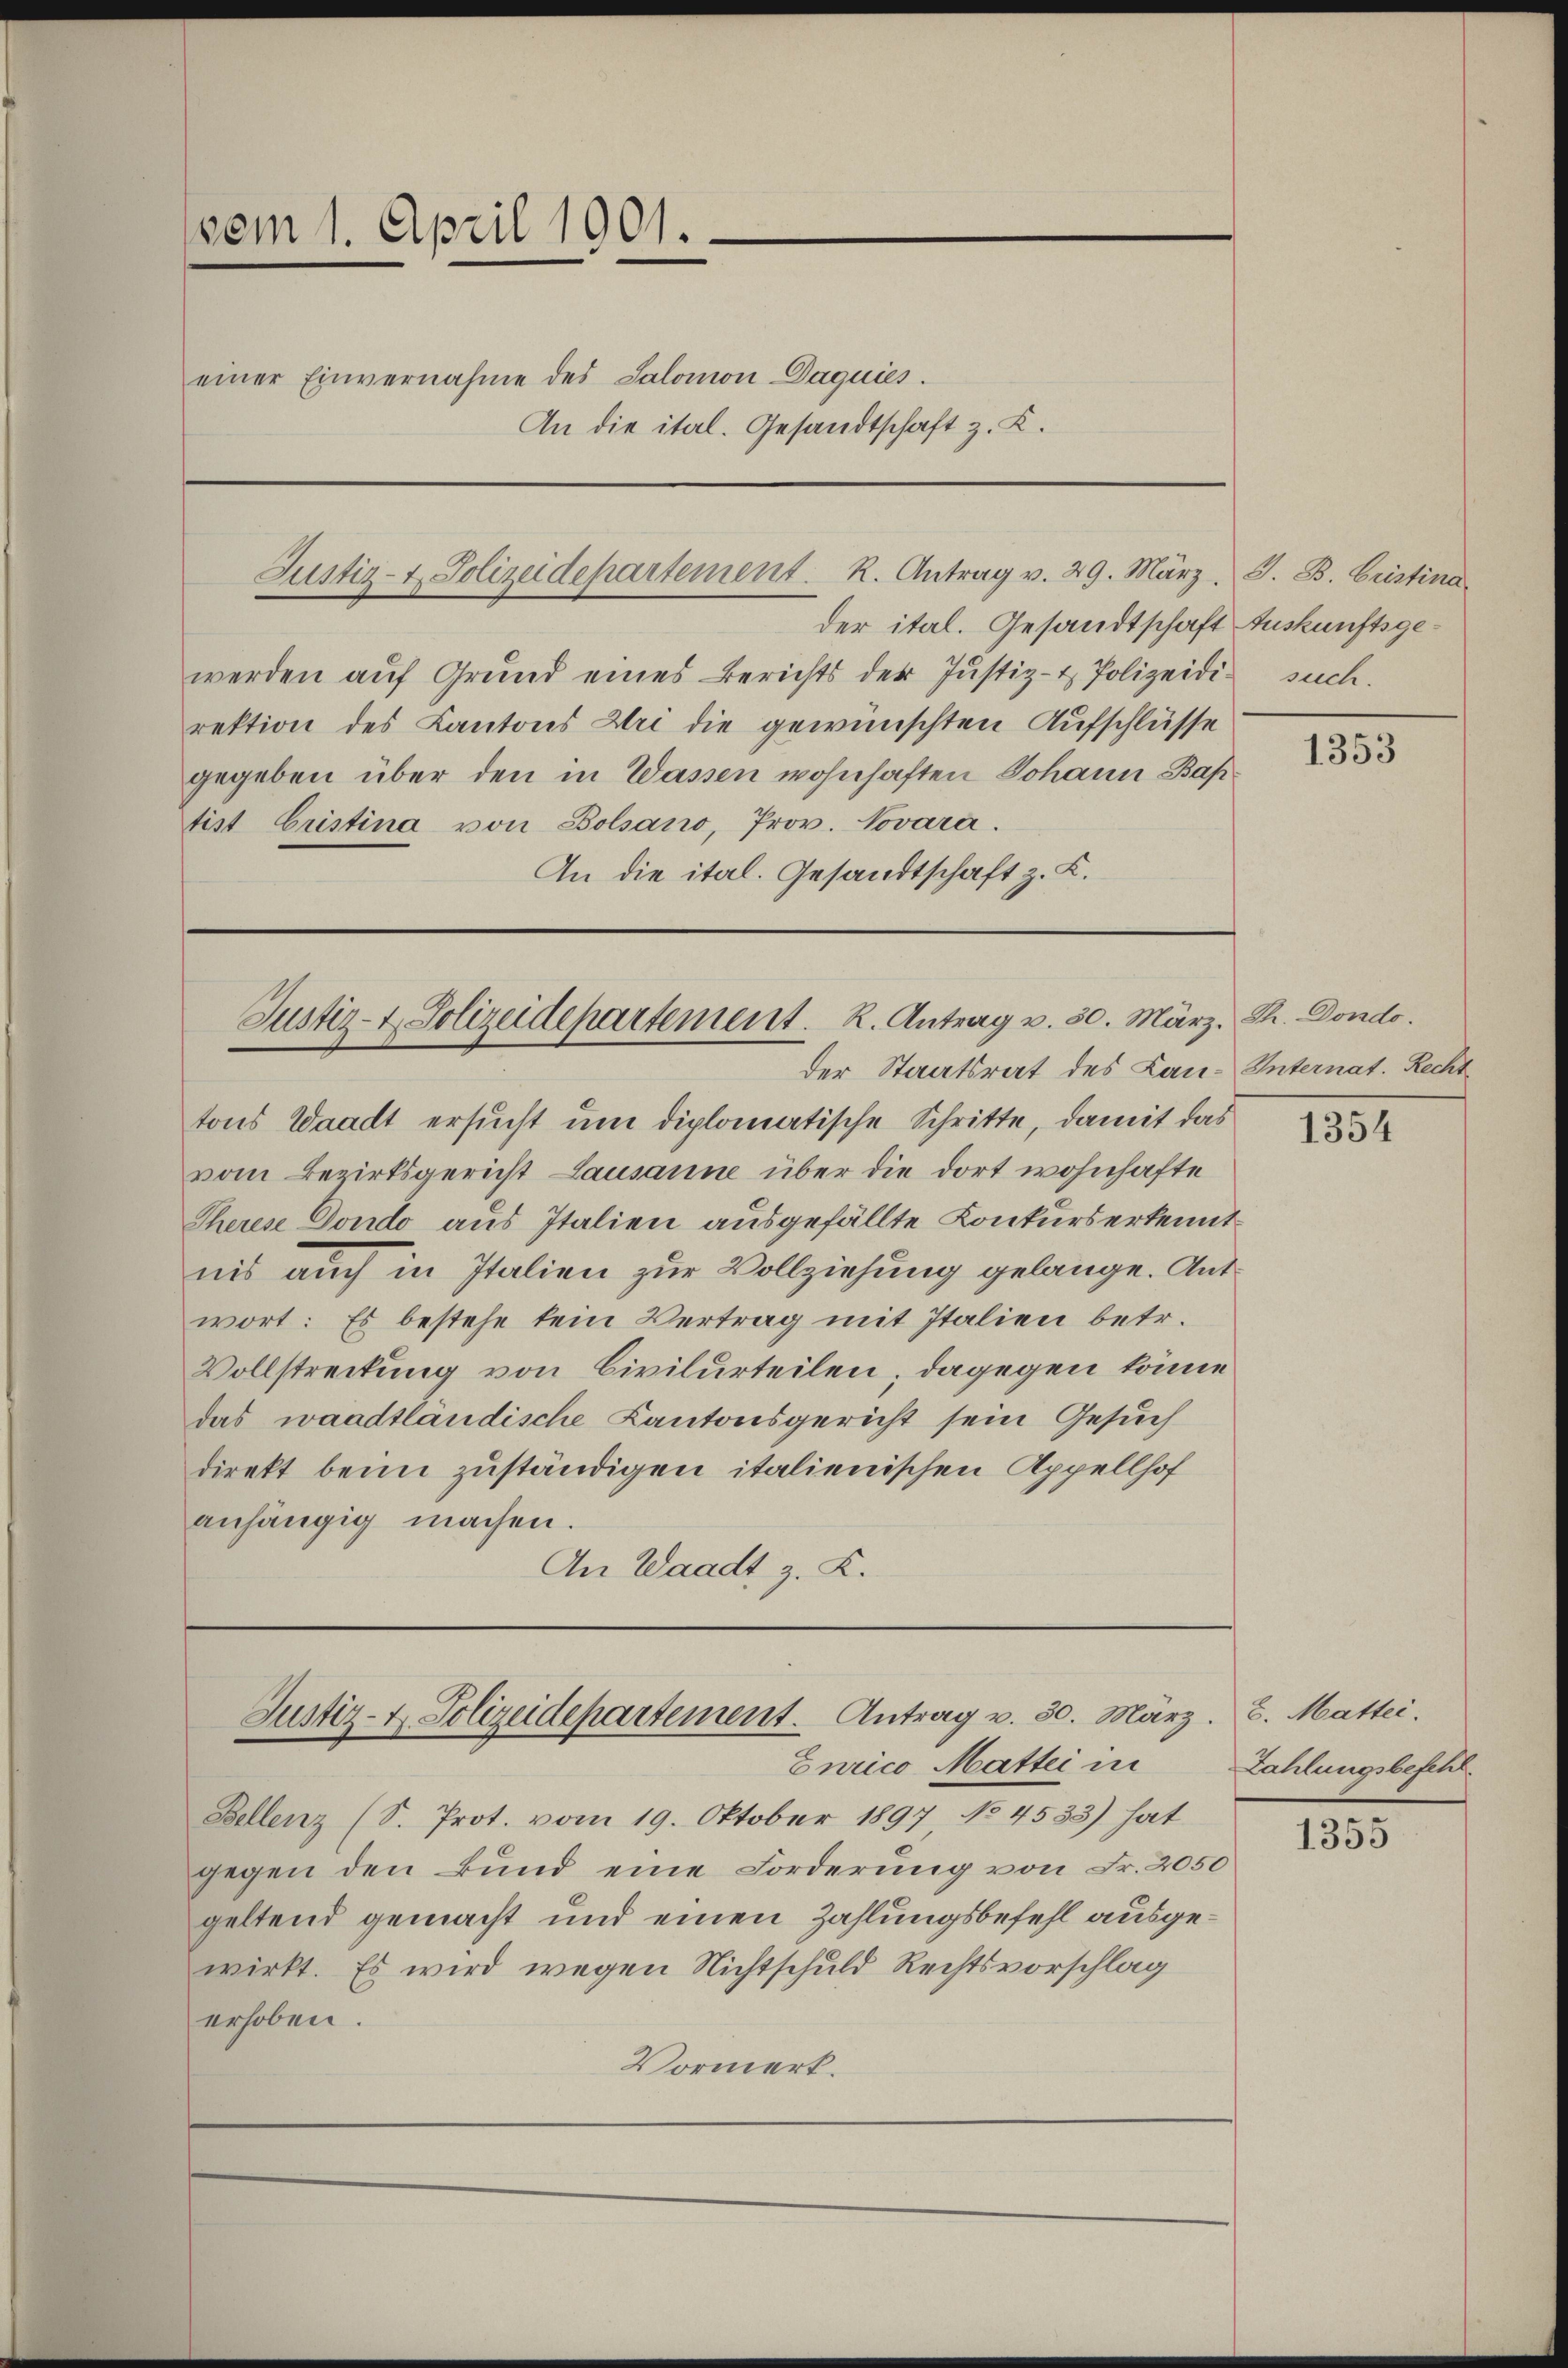
vom 1. April 1901.
einer Einvernahme des Salomon Daquies.
An die ital. Gesandtschaft z. K.

der ital. Gesandtschaft Auskunftsgewerden aŭf Grund eines Berichts der Justiz- & Polizeidi such.
rektion des Kantons Uri die gewünschten Aufschlüsse
gegeben über den in Wassen wohnhaften Johann Bap
tist Cristina von Bolsano, Prov. Novara.
An die ital. Gesandtschaft z. K.

Justiz- & Polizeidepartement. R. Antrag v. 29. März. J. B. Cristina

Justiz- & Polizeidepartement. K. Antrag v. 30. März. Th. Dondo.
der Staatsrat des Lan-Unternat. Recht

Justiz- & Polizeidepartement. Antrag v. 30. März.
Eurico Mattei in

tons Waadt ersucht um diplomatische Schritte, damit das
vom Bezirksgericht Lausanne über die dort wohnhafte
Therese Dondo aus Italien ausgefällte Conkurs erkennt
nis auch in Italien zur Vollziehung gelange. Ant
wort: Es bestehe kein Vertrag mit Italien betr.
Vollstreckung von Civilurteilen; dagegen könne
das waadtländische Kantonsgericht sein Gesuch
direkt beim zuständigen italienischen Appellhof
anhängig machen.
An Waadt z. K.

Bellenz (S. Prot. vom 19. Oktober 1897 No 4533) hat
gegen den Bund eine Forderung von Fr. 2050
geltend gemacht und einen Zahlungsbefehl ausgewirkt. Es wird wegen Nichtschuld Rechtsvorschlag
erhoben.
Vormerk.

1353

1354

2. Matter.
Zahlungsbefehl

1355